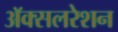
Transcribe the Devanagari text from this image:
अॅक्सलरेशन